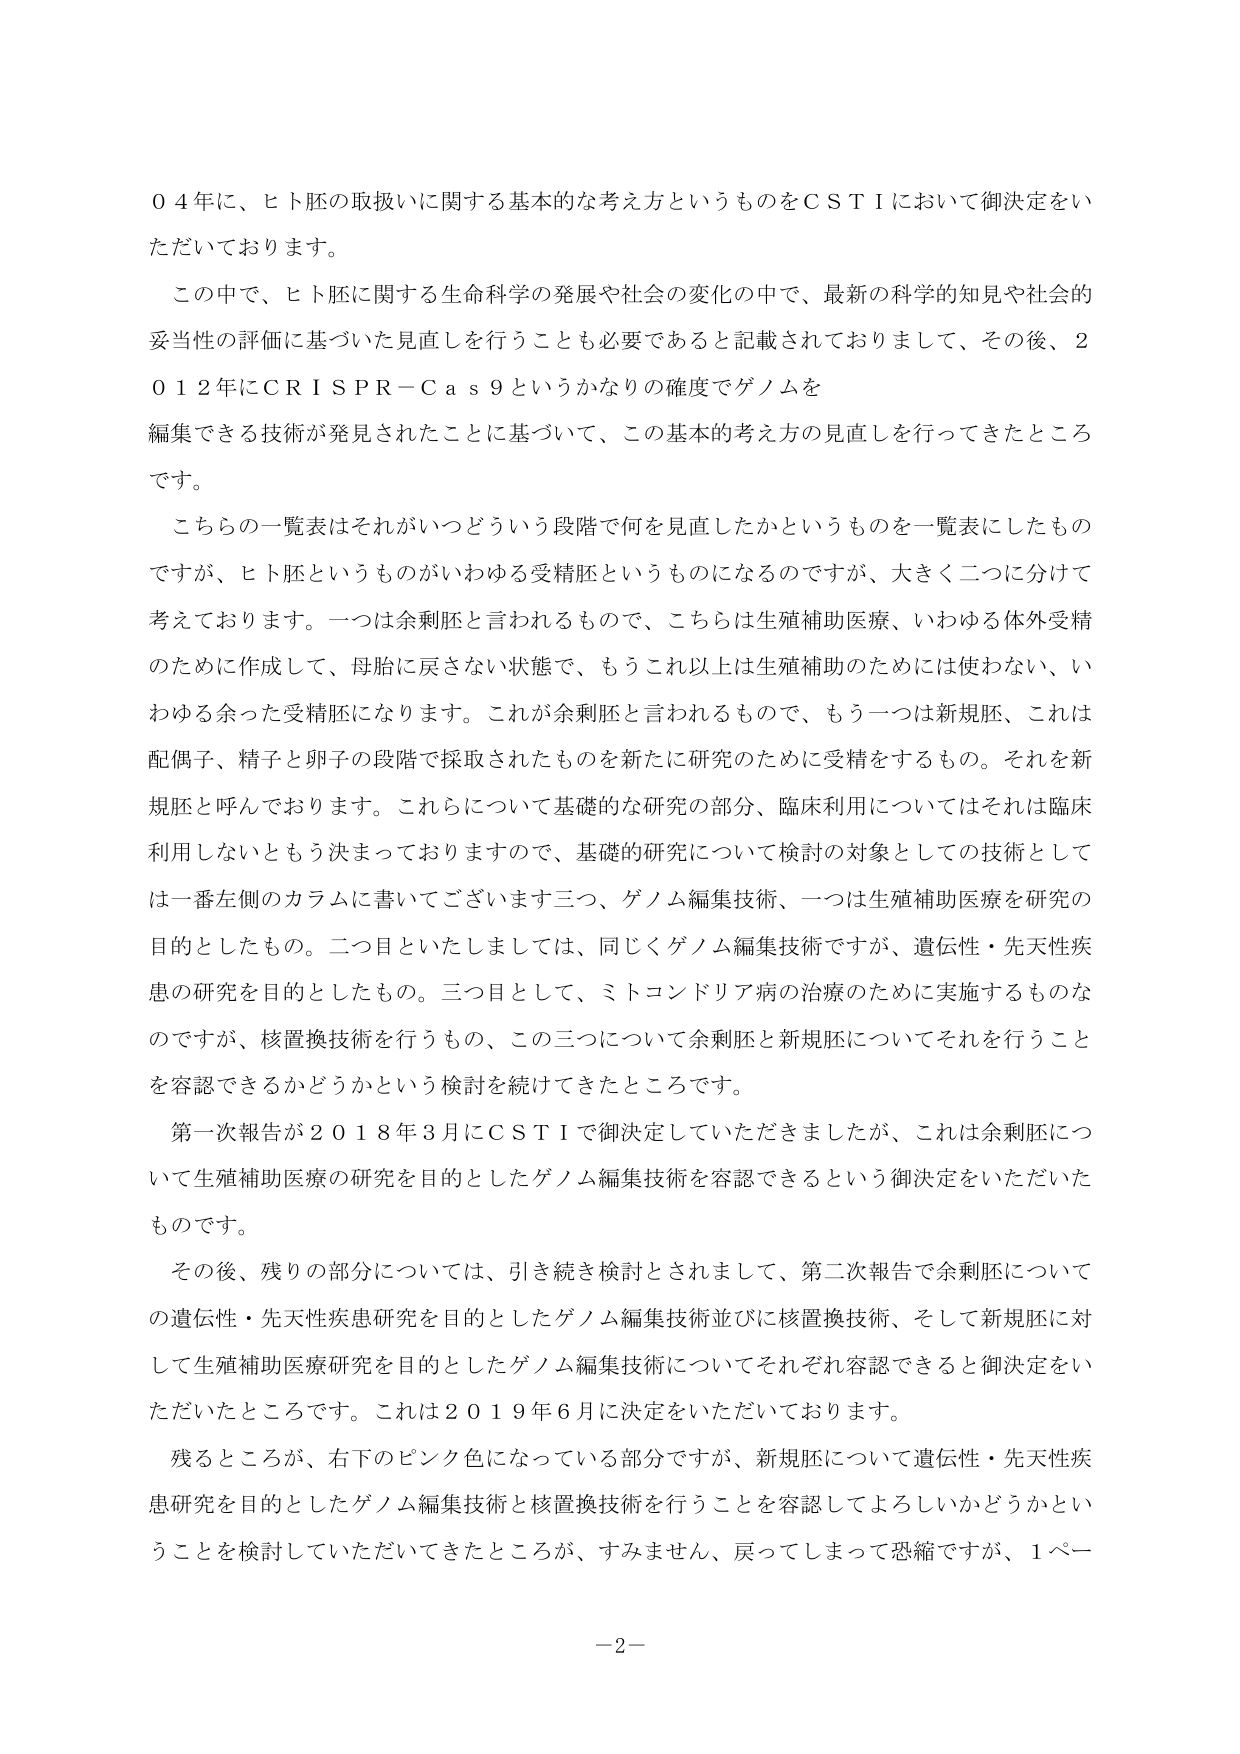
０４年に、ヒト胚の取扱いに関する基本的な考え方というものをＣＳＴＩにおいて御決定をいただいております。

この中で、ヒト胚に関する生命科学の発展や社会の変化の中で、最新の科学的知見や社会的妥当性の評価に基づいた見直しを行うことも必要であると記載されておりまして、その後、２０１２年にＣＲＩＳＰＲ－Ｃａｓ９というかなりの確度でゲノムを編集できる技術が発見されたことに基づいて、この基本的考え方の見直しを行ってきたところです。

こちらの一覧表はそれがいつどういう段階で何を見直したかというものを一覧表にしたものですが、ヒト胚というものがいわゆる受精胚というものになるのですが、大きく二つに分けて考えております。一つは余剰胚と言われるもので、こちらは生殖補助医療、いわゆる体外受精のために作成して、母胎に戻さない状態で、もうこれ以上は生殖補助のためには使わない、いわゆる余った受精胚になります。これが余剰胚と言われるもので、もう一つは新規胚、これは配偶子、精子と卵子の段階で採取されたものを新たに研究のために受精するもの。それを新規胚と呼んでおります。これらについて基礎的な研究の部分、臨床利用についてはそれは臨床利用しないともう決まっておりますので、基礎的研究について検討の対象としての技術としては一番左側のカラムに書いてございます三つ、ゲノム編集技術、一つは生殖補助医療を研究の目的としたもの。二つ目といたしましては、同じくゲノム編集技術ですが、遺伝性・先天性疾患の研究を目的としたもの。三つ目として、ミトコンドリア病の治療のために実施するものなのですが、核置換技術を行うもの、この三つについて余剰胚と新規胚についてそれを行うことを容認できるかどうかという検討を続けてきたところです。

第一次報告が２０１８年３月にＣＳＴＩで御決定していただきましたが、これは余剰胚について生殖補助医療の研究を目的としたゲノム編集技術を容認できるという御決定をいただいたものです。

その後、残りの部分については、引き続き検討とされまして、第二次報告で余剰胚についての遺伝性・先天性疾患研究を目的としたゲノム編集技術並びに核置換技術、そして新規胚に対して生殖補助医療研究を目的としたゲノム編集技術についてそれぞれ容認できると御決定をいただいたところです。これは２０１９年６月に決定をいただいております。

残るところが、右下のピンク色になっている部分ですが、新規胚について遺伝性・先天性疾患研究を目的としたゲノム編集技術と核置換技術を行うことを容認してよろしいかどうかということを検討していただいてきたところが、すみません、戻ってしまって恐縮ですが、１ペー

－２－